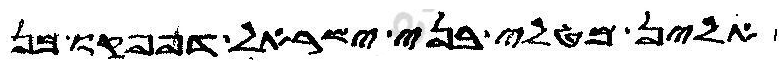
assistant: אלין מטלי בני ישראל דפנפקו מן